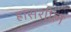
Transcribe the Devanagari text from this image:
ह्रासशील